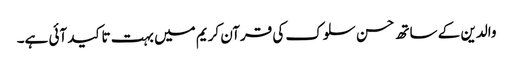
والدین کے ساتھ حسن سلوک کی قرآن کریم میں بہت تاکید آئی ہے۔